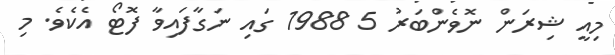
މިއީ ޝިރަން ނޮވެންބަރު 5 1988 ގައި ނަގާފައިވާ ފޮޓޯ އެކެވެ. މި